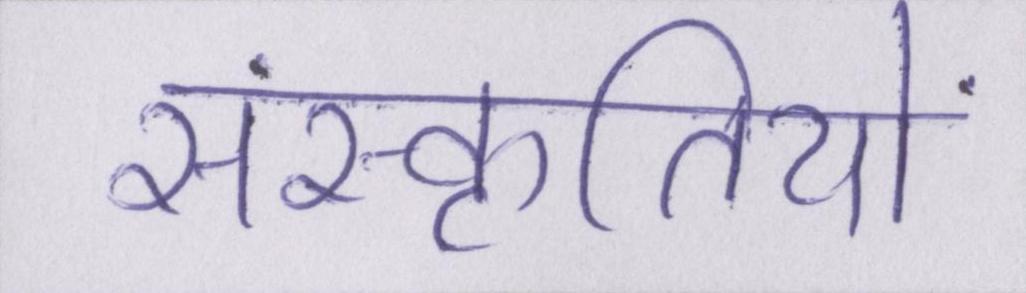
संस्कृतियों